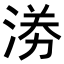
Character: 𭰼